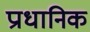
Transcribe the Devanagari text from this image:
प्राधानिक